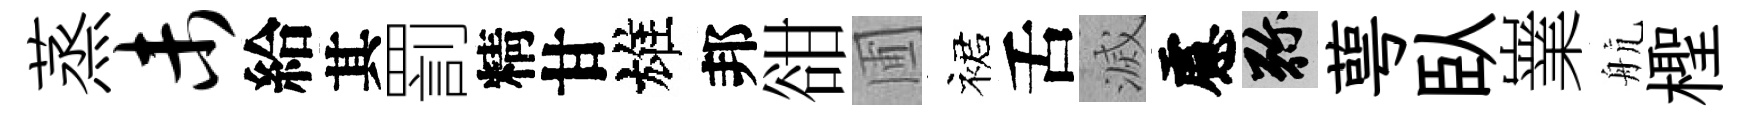
蒸未給其罰精甘雄邦𧮳圃裙舌滅慮弥萼臥嶪航檉